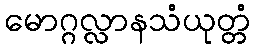
မောဂ္ဂလ္လာနသံယုတ္တံ